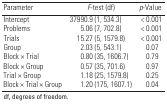
<table><thead><tr><td><b>Parameter</b></td><td><b><i>F</i>-test (df)</b></td><td><b><i>p</i>-Value</b></td></tr></thead><tbody><tr><td><b>Intercept</b></td><td>37990.9 (1, 534.3)</td><td>&lt; 0.001</td></tr><tr><td><b>Problems</b></td><td>5.06 (7, 702.8)</td><td>&lt; 0.001</td></tr><tr><td><b>Trials</b></td><td>15.27 (5, 1579.8)</td><td>&lt; 0.001</td></tr><tr><td><b>Group</b></td><td>2.03 (5, 543.1)</td><td>0.07</td></tr><tr><td><b>Block × Trial</b></td><td>0.80 (35, 1606.7)</td><td>0.79</td></tr><tr><td><b>Block × Group</b></td><td>0.57 (35, 701.6)</td><td>0.97</td></tr><tr><td><b>Trial × Group</b></td><td>1.18 (25, 1579.8)</td><td>0.25</td></tr><tr><td><b>Block × Trial × Group</b></td><td>1.20 (175, 1607.1)</td><td>0.04</td></tr></tbody></table>